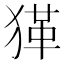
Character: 𤠇